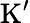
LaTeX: \mathrm{K}’